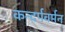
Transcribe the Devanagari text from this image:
कन्दर्पवर्मन्